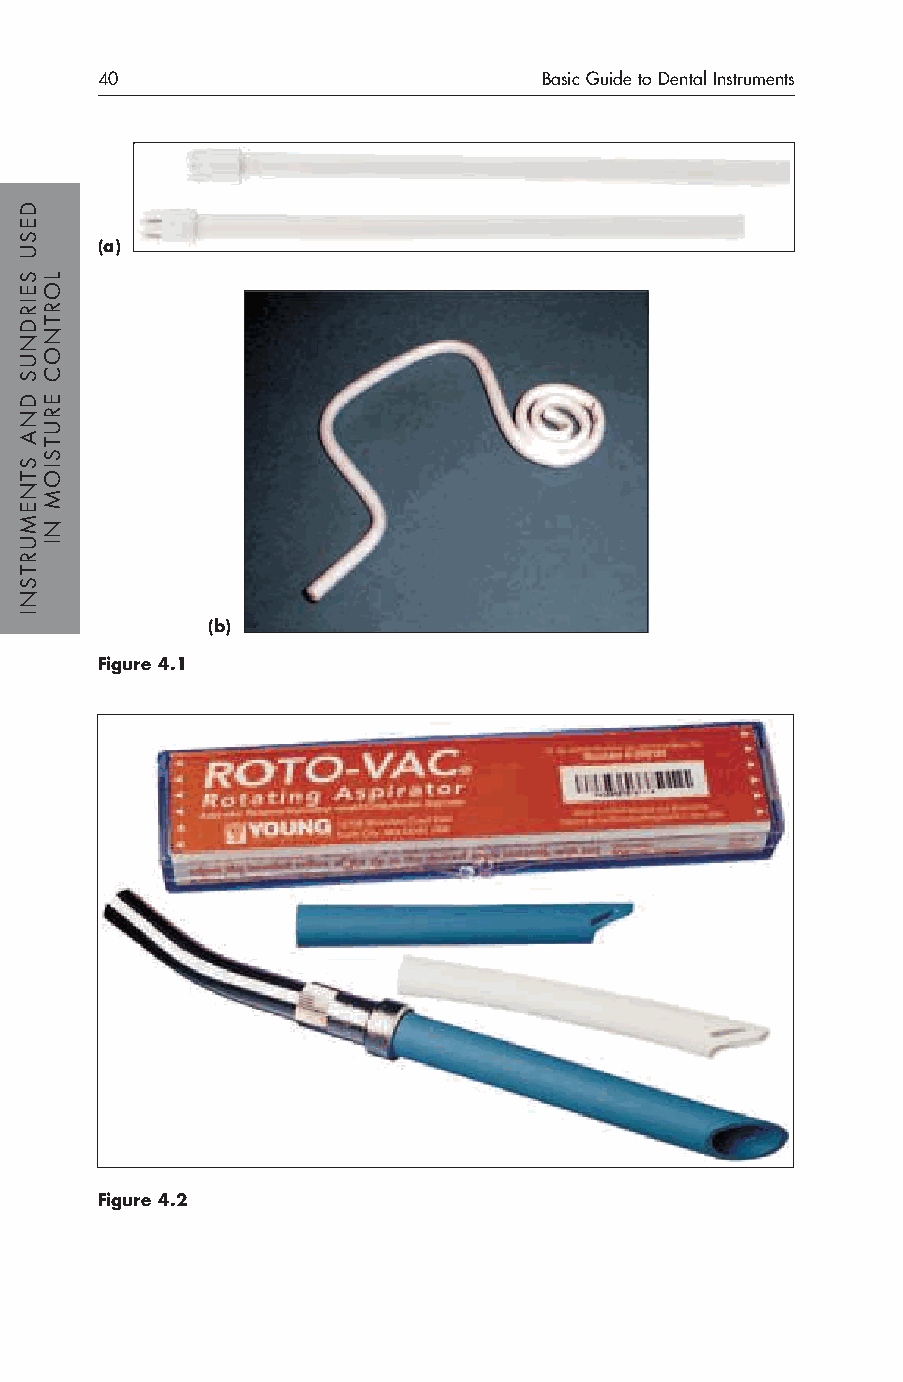
40                            Basic Guide to Dental Instruments
 (a)
 (b)
 Figure 4.1
 Figure 4.2
 DESU
 SEIRDNUS
 DNA
 STNEMURTSNI
 LORTNOC
 ERUTSIOM
 NI